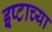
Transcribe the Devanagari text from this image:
इप्टाच्या